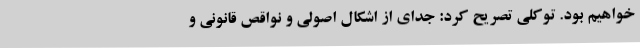
خواهیم بود. توکلی تصریح کرد: جدای از اشکال اصولی و نواقص قانونی و